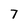
Character: 7